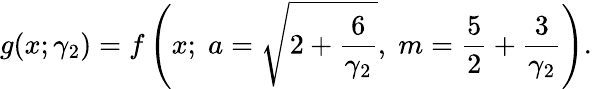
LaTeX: g(x;\gamma_{2})=f\left(x;\; a={\sqrt{2+{\frac{6}{\gamma_{2}}}}},\; m={\frac{5}{2}}+{\frac{3}{\gamma_{2}}}\right).